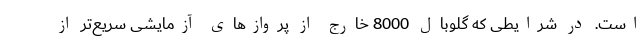
است. در شرایطی که گلوبال 8000 خارج از پروازهای آزمایشی سریع‌تر از